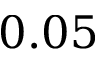
0 . 0 5